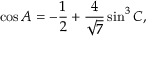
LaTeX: \cos A = - { \frac { 1 } { 2 } } + { \frac { 4 } { \sqrt { 7 } } } \sin ^ { 3 } C ,